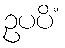
ဥပပိံ